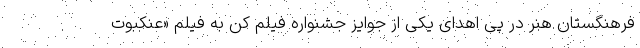
فرهنگستان هنر در پی اهدای یکی از جوایز جشنواره فیلم کن به فیلم «عنکبوت